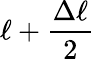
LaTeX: \ell+\frac{\Delta\ell}{2}